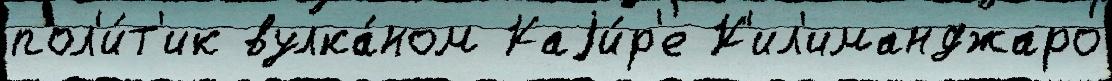
пол'и́т'ик вулка́ном Каjи́р'е К'ил'иманджаро